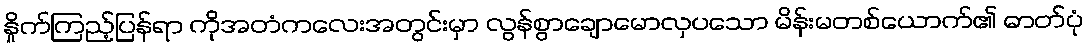
နှိုက်ကြည့်ပြန်ရာ ကိုအတံကလေးအတွင်းမှာ လွန်စွာချောမောလှပသော မိန်းမတစ်ယောက်၏ ဓာတ်ပုံ